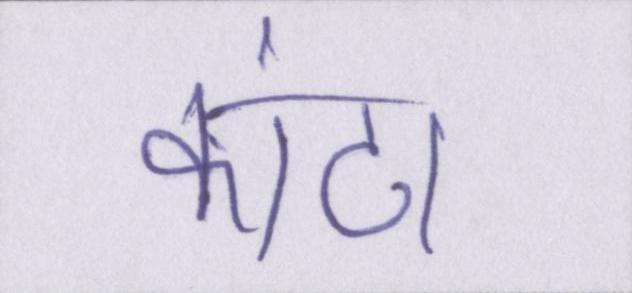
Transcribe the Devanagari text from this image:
कांटा